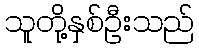
သူတို့နှစ်ဦးသည်